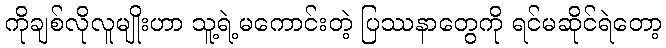
ကိုချစ်လိုလူမျိုးဟာ သူ့ရဲ့မကောင်းတဲ့ ပြဿနာတွေကို ရင်မဆိုင်ရဲတော့